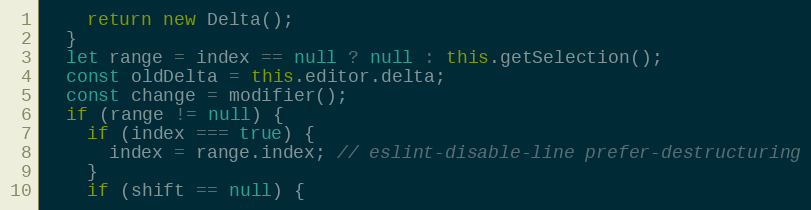
Language: JavaScript
    return new Delta();
  }
  let range = index == null ? null : this.getSelection();
  const oldDelta = this.editor.delta;
  const change = modifier();
  if (range != null) {
    if (index === true) {
      index = range.index; // eslint-disable-line prefer-destructuring
    }
    if (shift == null) {